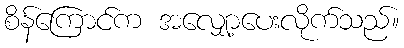
စိန်ကြောင်က အလျှော့ပေးလိုက်သည်။